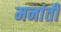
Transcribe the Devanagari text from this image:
मनांती